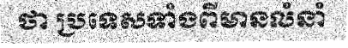
ថា ប្រទេសទាំងពីមានលំនាំ